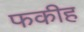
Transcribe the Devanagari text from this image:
फकीह